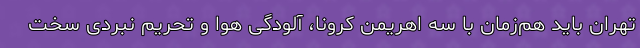
تهران باید هم‌زمان با سه اهریمن کرونا، آلودگی هوا و تحریم نبردی سخت